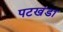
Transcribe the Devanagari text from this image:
पटखंडा